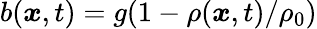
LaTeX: b(\boldsymbol{x},t)=g(1-\rho(\boldsymbol{x},t)/\rho_{0})